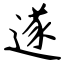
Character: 遂